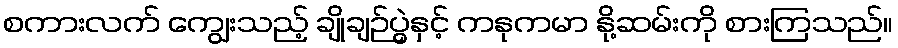
စကားလက် ကျွေးသည့် ချိုချဉ်ပွဲနှင့် ကနုကမာ နို့ဆမ်းကို စားကြသည်။